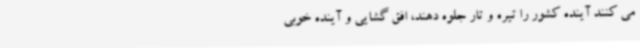
می کنند آینده کشور را تیره و تار جلوه دهند، افق گشایی و آینده خوبی